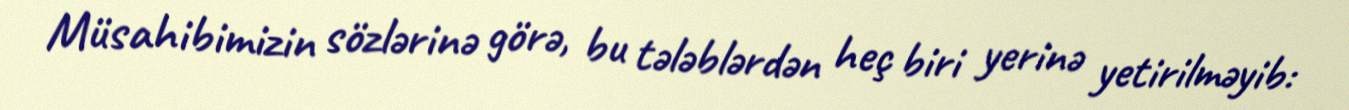
Müsahibimizin sözlərinə görə, bu tələblərdən heç biri yerinə yetirilməyib: